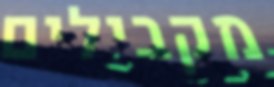
מקבילים